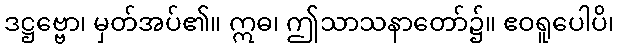
ဒဋ္ဌဗ္ဗော၊ မှတ်အပ်၏။ ဣဓ၊ ဤသာသနာတော်၌။ ဧဝရူပေါပိ၊